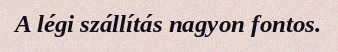
A légi szállítás nagyon fontos.